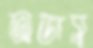
অভাস